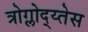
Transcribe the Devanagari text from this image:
त्रोग्लोद्य्तेस